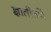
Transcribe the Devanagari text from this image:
ज्ञातीतर्फे